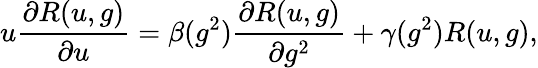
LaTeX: u\frac{\partial R(u,g)}{\partial u}=\beta(g^{2})\frac{\partial R(u,g)}{\partial g^{2}}+\gamma(g^{2})R(u,g),